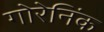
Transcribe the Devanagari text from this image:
गोरेनिंक